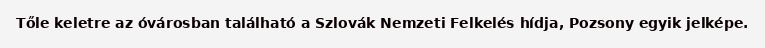
Tőle keletre az óvárosban található a Szlovák Nemzeti Felkelés hídja, Pozsony egyik jelképe.